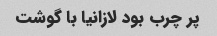
پر چرب بود لازانیا با گوشت